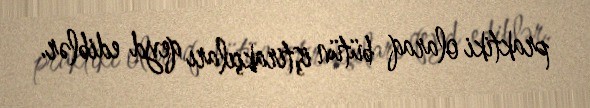
praktiki olaraq bütün iştirakçıları qeyd ediblər.